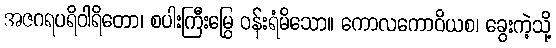
အဇဂရပရိဝါရိတော၊ စပါးကြီးမြွေ ဝန်းရံမိသော။ ကောလကောဝိယစ၊ ခွေးကဲ့သို့